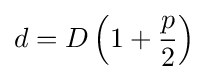
d=D\left(1+{\frac {p}{2}}\right)